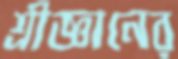
শ্রীজ্ঞানের